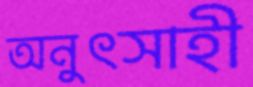
অনুৎসাহী